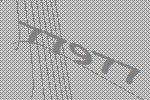
77977